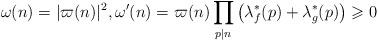
LaTeX: \begin{align*}\omega(n)=|\varpi(n)|^2,\omega'(n)=\varpi(n)\prod_{p\mid n}\big(\lambda^{\ast}_f(p)+\lambda^{\ast}_g(p)\big)\geqslant 0\end{align*}